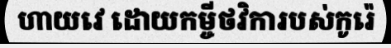
ហាយវេ ដោយកម្ចីថវិការបស់កូរ៉េ